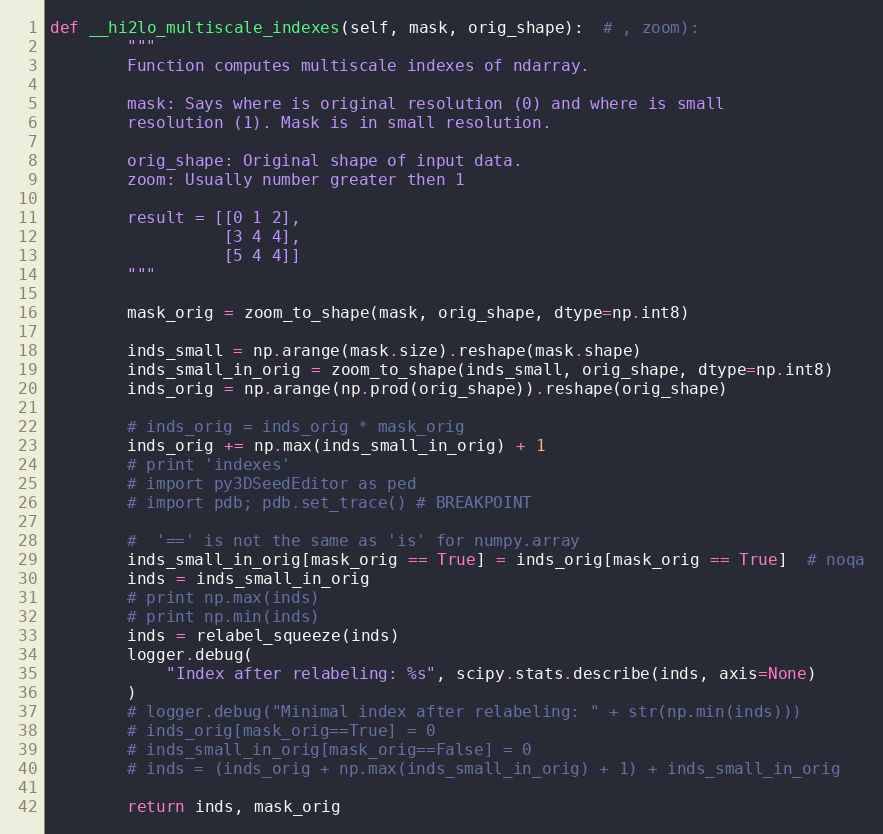
Language: Python
def __hi2lo_multiscale_indexes(self, mask, orig_shape):  # , zoom):
        """
        Function computes multiscale indexes of ndarray.

        mask: Says where is original resolution (0) and where is small
        resolution (1). Mask is in small resolution.

        orig_shape: Original shape of input data.
        zoom: Usually number greater then 1

        result = [[0 1 2],
                  [3 4 4],
                  [5 4 4]]
        """

        mask_orig = zoom_to_shape(mask, orig_shape, dtype=np.int8)

        inds_small = np.arange(mask.size).reshape(mask.shape)
        inds_small_in_orig = zoom_to_shape(inds_small, orig_shape, dtype=np.int8)
        inds_orig = np.arange(np.prod(orig_shape)).reshape(orig_shape)

        # inds_orig = inds_orig * mask_orig
        inds_orig += np.max(inds_small_in_orig) + 1
        # print 'indexes'
        # import py3DSeedEditor as ped
        # import pdb; pdb.set_trace() # BREAKPOINT

        #  '==' is not the same as 'is' for numpy.array
        inds_small_in_orig[mask_orig == True] = inds_orig[mask_orig == True]  # noqa
        inds = inds_small_in_orig
        # print np.max(inds)
        # print np.min(inds)
        inds = relabel_squeeze(inds)
        logger.debug(
            "Index after relabeling: %s", scipy.stats.describe(inds, axis=None)
        )
        # logger.debug("Minimal index after relabeling: " + str(np.min(inds)))
        # inds_orig[mask_orig==True] = 0
        # inds_small_in_orig[mask_orig==False] = 0
        # inds = (inds_orig + np.max(inds_small_in_orig) + 1) + inds_small_in_orig

        return inds, mask_orig